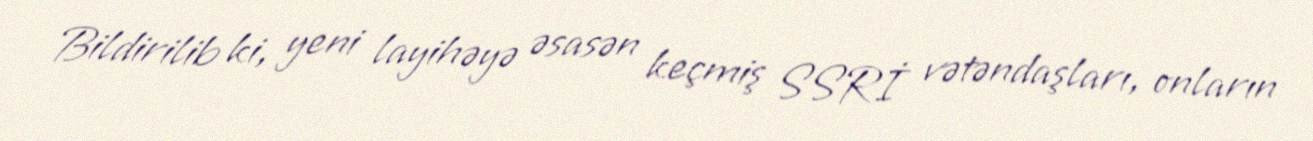
Bildirilib ki, yeni layihəyə əsasən keçmiş SSRİ vətəndaşları, onların